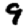
Digit: 9